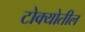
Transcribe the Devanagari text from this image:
टोक्योतील